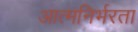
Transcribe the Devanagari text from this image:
आत्‍मनिर्भरता